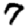
Digit: 7